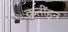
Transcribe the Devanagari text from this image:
कृतींहून